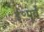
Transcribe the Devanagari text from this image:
ई॰पूर्व